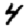
Digit: 4